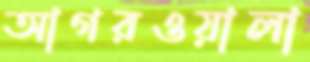
আগরওয়ালা